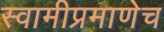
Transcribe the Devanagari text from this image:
स्वामीप्रमाणेच